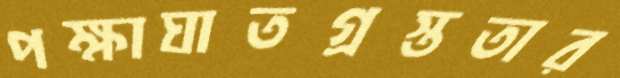
পক্ষাঘাতগ্রস্ততার